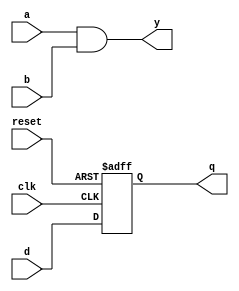
module event_control_example (
    input wire clk,        // Clock signal
    input wire reset,      // Asynchronous reset signal
    input wire d,          // Data input for D flip-flop
    input wire a,          // First input for combinational logic
    input wire b,          // Second input for combinational logic
    output reg q,          // Output of D flip-flop
    output reg y           // Output of combinational logic
);

// Sequential logic: D flip-flop with asynchronous reset
always @(posedge clk or posedge reset) begin
    if (reset) begin
        q <= 1'b0;        // Reset output to 0
    end else begin
        q <= d;          // Capture data input on rising edge of clk
    end
end

// Combinational logic: Output y is the logical AND of inputs a and b
always @(a or b) begin
    y = a & b;            // Compute output y based on inputs a and b
end

endmodule